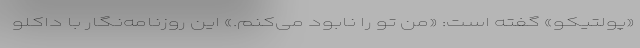
«پولتیکو» گفته است: «من تو را نابود می‌کنم.» این روزنامه‌نگار با داکلو